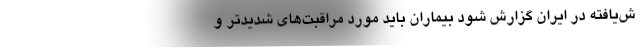
ش‌‌یافته در ایران گزارش شود بیماران باید مورد مراقبت‌‌های شدیدتر و